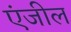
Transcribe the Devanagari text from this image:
एंजील